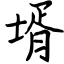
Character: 壻